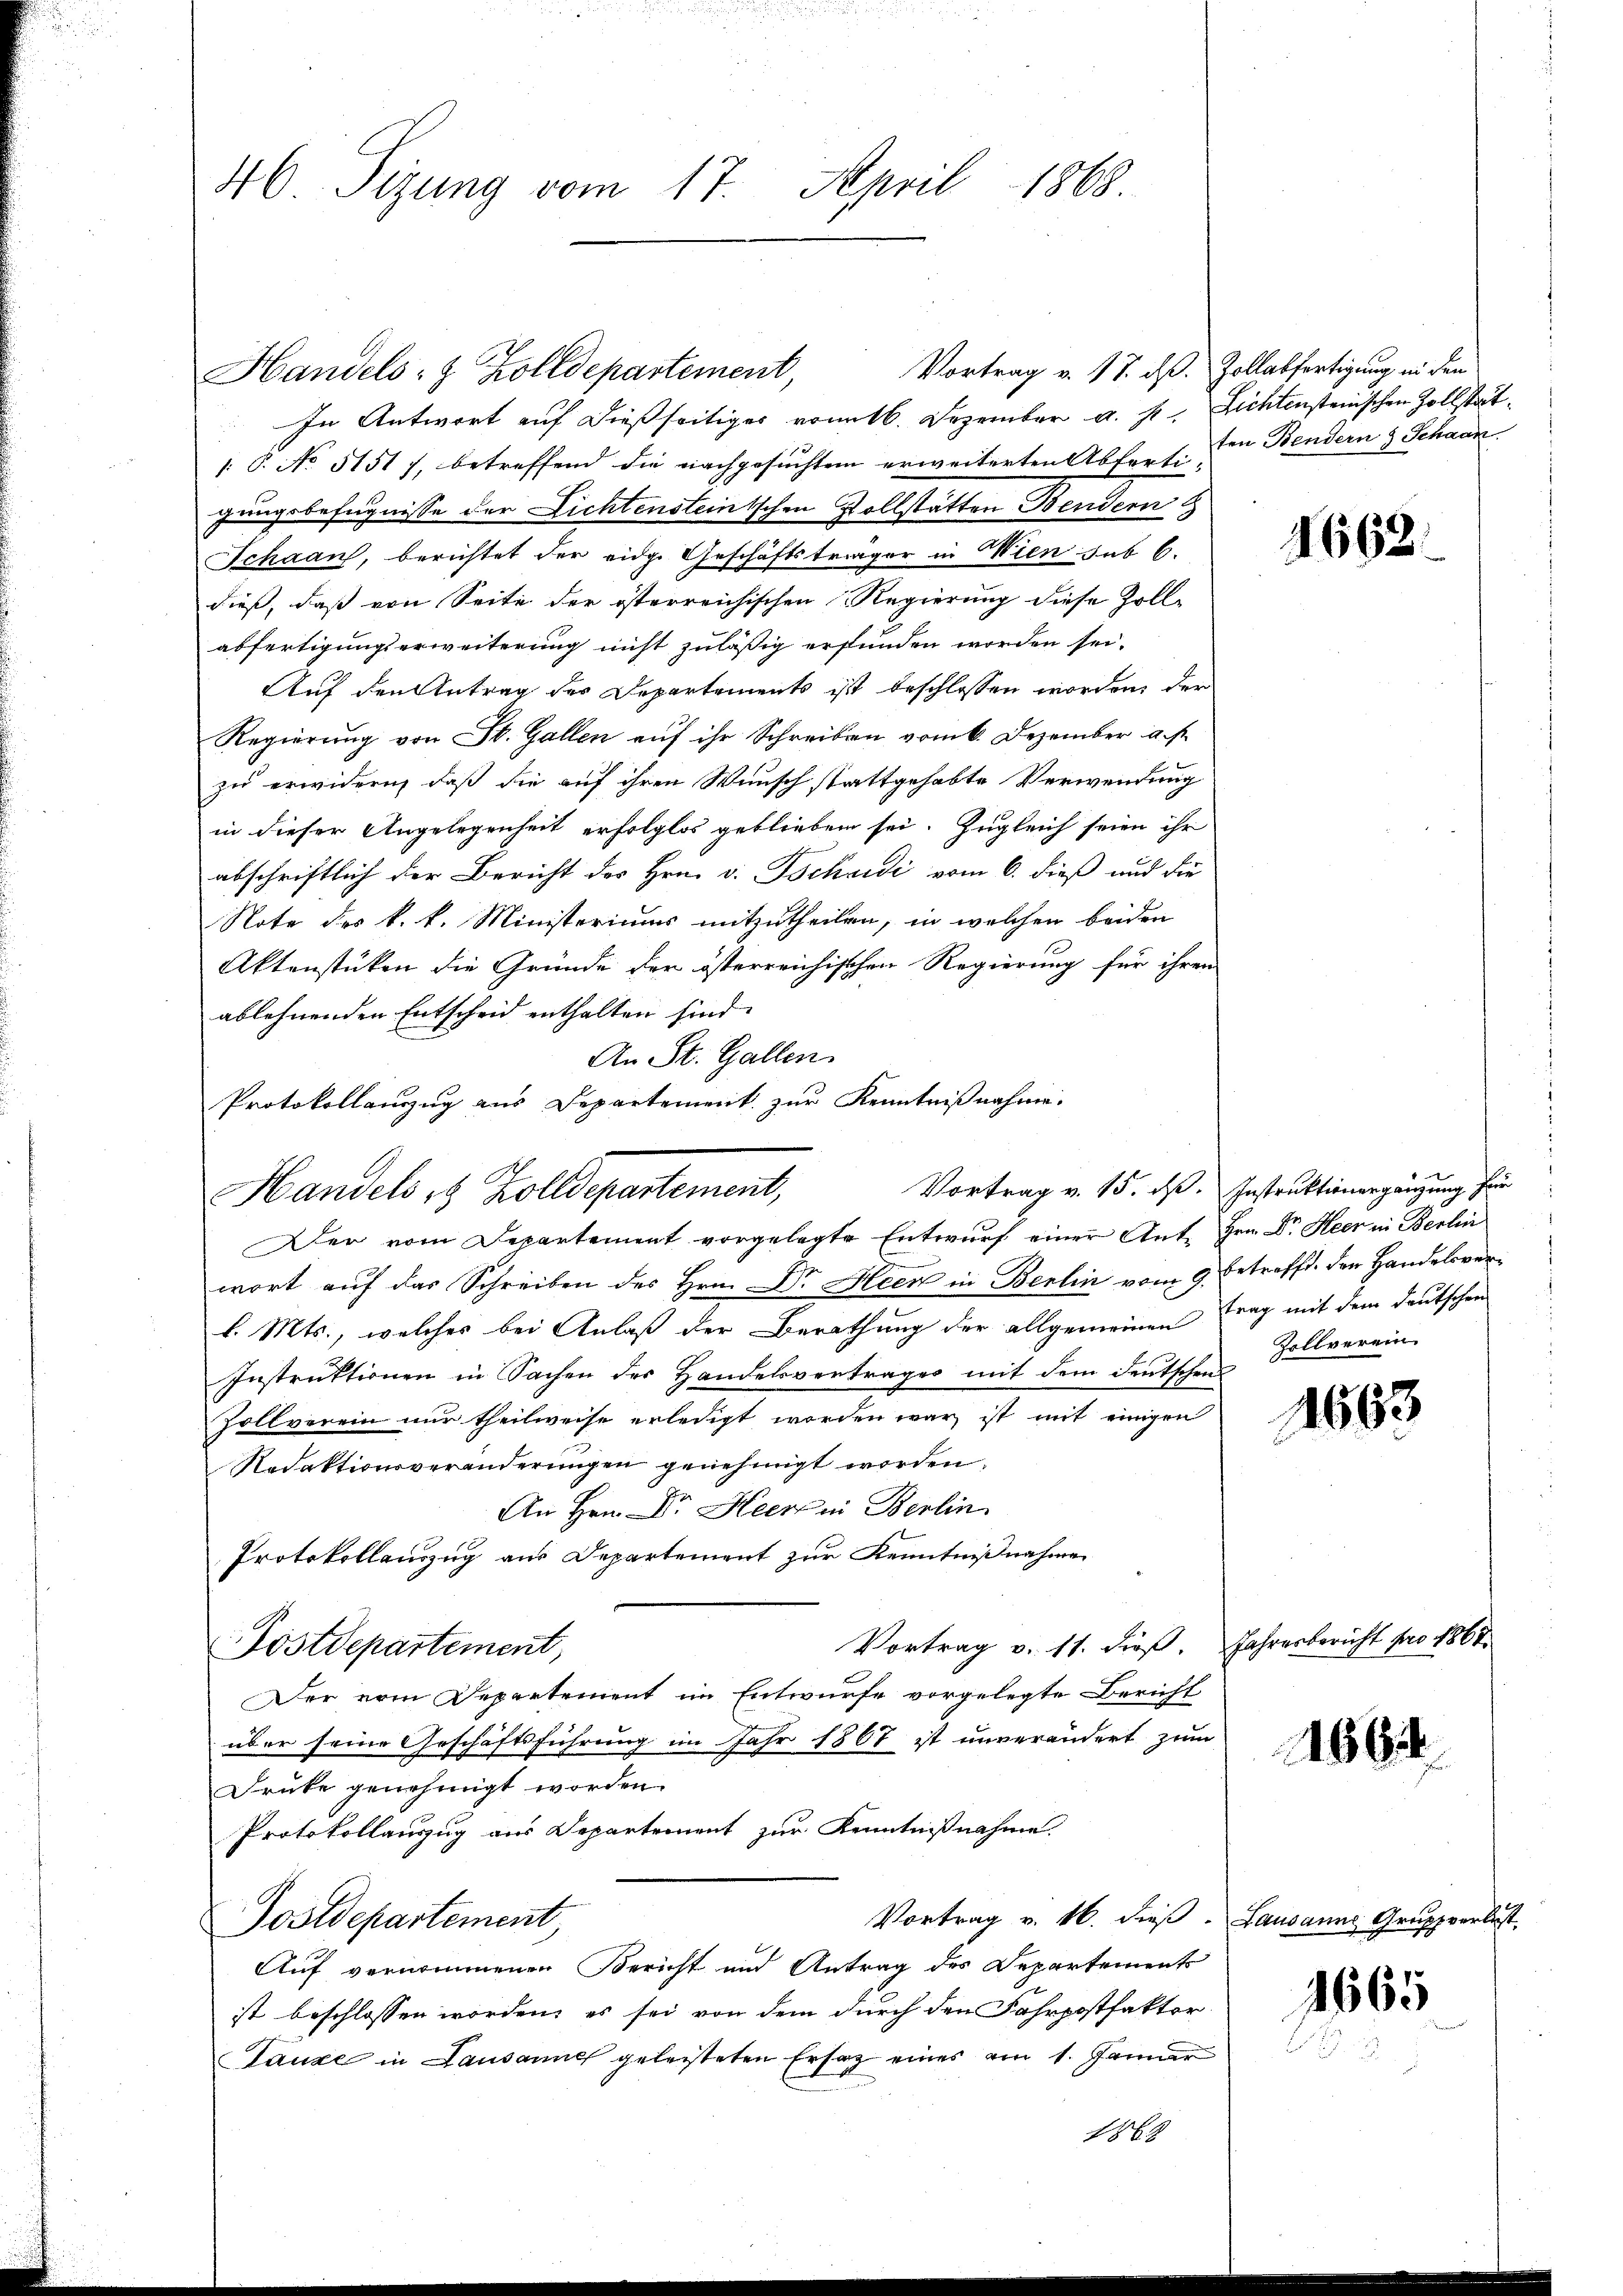
46 Sizung vom 17. April 1868.

Vortrag v. 17. dß. Zollabfertigung in den
Handels- & Zolldepartement,
In Antwort auf dießseitiges vom 16. Dezember a. s. Lichtenstennischen Zollstät¬
1: P. No 51517, betreffend die nachgesuchtem erweiterten Abfert. Ein Bendern & Schann
gungsbefugnisse der Lichtensteinischen Vollstätten Bendern g
Schaan, berichtet der eidg. Geschäftsträger in Wien sub 6.
dieß, daß von Seite der österreichischen Regierung diese Zoll-
abfertigungserweiterung nicht zuläßig erfunden worden sei.
Auf den Antrag des Departements ist beschlossen worden, der
Regierung von St. Gallen auf ihr Schreiben vom 6. Dezember a. s.
zu erwidern, daß die auf ihren Wunsch stattgehabte Verwendung
in dieser Angelegenheit erfolglos geblieben sei. Zugleich seien ihr
abschriftlich der Bericht des Hrn. v. Tschudi vom 6. dieß und die
Note der k. k. Ministeriums mitzutheilen, in welchen beiden
Aktenstücken die Gründe der österreichischen Regierung für ihren
ablehnenden Entscheid enthalten sind.
An St. Gallen.
wort auf das Schreiben des Hrn. Dr Heer in Berlin vom 9. betreffd. den Handelsverl. Mts., welches bei Anlaß der Berathung der allgemeinen Frag mit dem deutschen
Instruktionen in Sachen des Handelsvertrages mit dem Deutschen
Zollverein nur theilweise erledigt worden war ist mit einigen
Redaktionsveränderungen genehmigt worden.
An Hrn. Dr. Heer in Berlin
Protokollauszug aus Departement zur Kenntnißnahme
Vortrag v. 11. dieß. Jahresbericht pro 1868
Postdepartement,
Der erin Departement im Entwurfe vorgelegte Bericht
über seine Geschäftsführung im Jahr 1867 ist unverändert zum
Druke genehmigt worden.
Protokollauszug aus Departement zur Kenntnißnahme.
Vortrag v. 16. dieß. Lausanne Gruppverlust
Postdepartement,
Auf vernommenen Bericht und Antrag des Departement
ist beschlossen worden, es sei von dem durch den Fahrpostfaktor
Lauze in Lausannes geleisteten Ersatz eines am 1. Januar
1863

Protokollanzug aus Departement zur Kenntnißnahme.
Vortrag v. 15. ds. Instruktionergänzung für
Handels 8 Zolldepartement,
Der vom Departement vorgelegte Entwurf einer Ant. Hrn. Dr. Heer in Berlin

1662.

Zollverein.

1663

166

1665